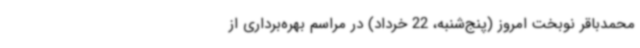
محمدباقر نوبخت امروز (پنج‌شنبه، 22 خرداد) در مراسم بهره‌برداری از